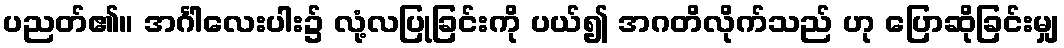
ပညတ်၏။ အင်္ဂါလေးပါး၌ လုံ့လပြုခြင်းကို ပယ်၍ အဂတိလိုက်သည် ဟု ပြောဆိုခြင်းမျှ